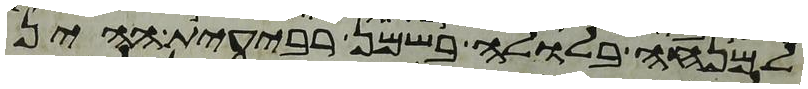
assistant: למנחה בלולה בשמן רבעית ההין